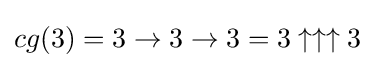
cg(3)=3\to 3\to 3=3\uparrow \uparrow \uparrow 3